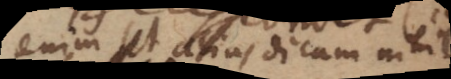
enim ut alias dicam nihil